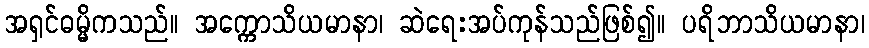
အရှင်ဓမ္မိကသည်။ အက္ကောသိယမာနာ၊ ဆဲရေးအပ်ကုန်သည်ဖြစ်၍။ ပရိဘာသိယမာနာ၊